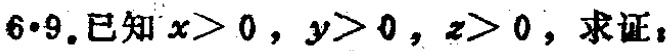
$6\cdot9.已知x > 0，y > 0，z > 0，求证：$